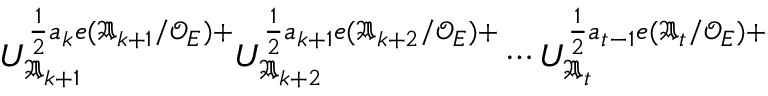
U _ { \mathfrak { A } _ { k + 1 } } ^ { \frac { 1 } { 2 } a _ { k } e ( \mathfrak { A } _ { k + 1 } / \mathcal { O } _ { E } ) + } U _ { \mathfrak { A } _ { k + 2 } } ^ { \frac { 1 } { 2 } a _ { k + 1 } e ( \mathfrak { A } _ { k + 2 } / \mathcal { O } _ { E } ) + } \cdots U _ { \mathfrak { A } _ { t } } ^ { \frac { 1 } { 2 } a _ { t - 1 } e ( \mathfrak { A } _ { t } / \mathcal { O } _ { E } ) + }